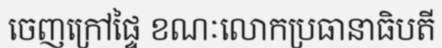
ចេញក្រៅផ្ទៃ ខណៈលោកប្រធានាធិបតី